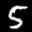
Label: 5